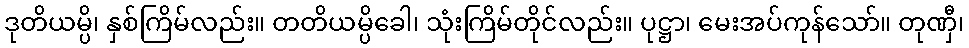
ဒုတိယမ္ပိ၊ နှစ်ကြိမ်လည်း။ တတိယမ္ပိခေါ၊ သုံးကြိမ်တိုင်လည်း။ ပုဋ္ဌာ၊ မေးအပ်ကုန်သော်။ တုဏှီ၊